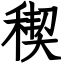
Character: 稧